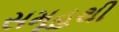
સમૂહથી